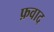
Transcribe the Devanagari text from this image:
फ़वाद